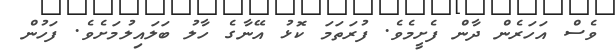
ވެސް އަހަރެން ދާން ފެށީމެވެ. ފުރަތަމަ ކޮޅު އޭނާގެ ހާލު ބަލައިލުމަށެވެ. ފަހުން